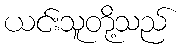
ယင်းသူတို့သည်